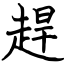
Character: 趕